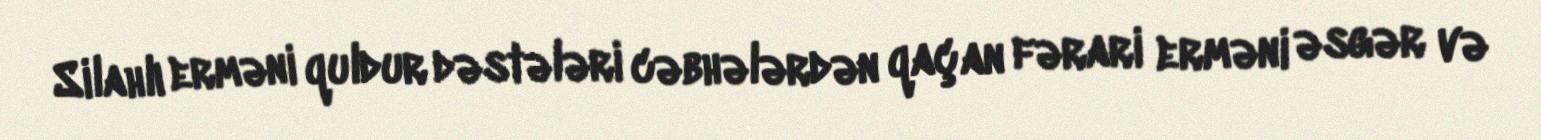
Silahlı erməni quldur dəstələri cəbhələrdən qaçan fərari erməni əsgər və